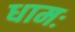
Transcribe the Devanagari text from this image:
धामः